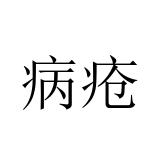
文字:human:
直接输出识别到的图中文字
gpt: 病疮